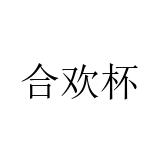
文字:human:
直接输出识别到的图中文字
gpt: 合欢杯